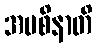
အပစိနာတိ